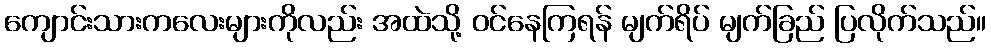
ကျောင်းသားကလေးများကိုလည်း အထဲသို့ ဝင်နေကြရန် မျက်ရိပ် မျက်ခြည် ပြလိုက်သည်။